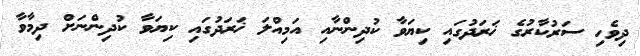
ދިވެހި ސަރުކާރުގެ ޚަރަދުގައި ކިޔަވާ ކުދިންނާއި އަމިއްލަ ޚަރަދުގައި ކިޔަވާ ކުދިންނަށް ދިމާވާ